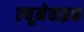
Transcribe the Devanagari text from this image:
ल्यूनेवाइक